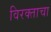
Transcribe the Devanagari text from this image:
विरक्ताचा